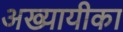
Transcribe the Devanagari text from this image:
अख्यायीका